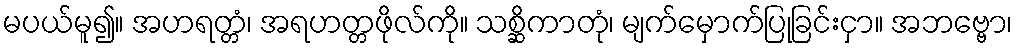
မပယ်မူ၍။ အဟရတ္တံ၊ အရဟတ္တဖိုလ်ကို။ သစ္ဆိကာတုံ၊ မျက်မှောက်ပြုခြင်းငှာ။ အဘဗ္ဗော၊